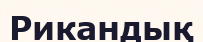
Рикандық